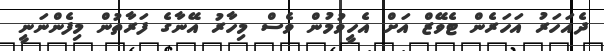
ދެއަހަރު އަހަރެން ޓެވޭޒް އަށް އެހީވުމުން ވެސް މިހާރު އޭނާގެ ފަރާތުން މިފެންނަނީ